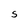
Character: S